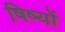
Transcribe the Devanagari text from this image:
षिष्यों